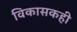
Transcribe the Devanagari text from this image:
विकासकही